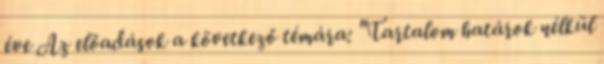
éve Az előadások a következő témára: "Tartalom határok nélkül